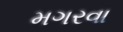
મગરવા